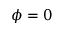
\phi = 0